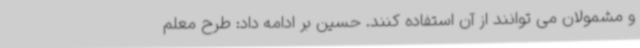
و مشمولان می توانند از آن استفاده کنند. حسین بر ادامه داد: طرح معلم